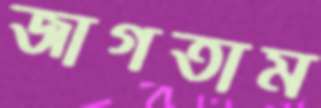
জাগতাম